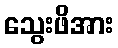
သွေးဖိအား